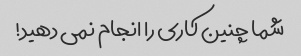
شما چنین کاری را انجام نمی دهید!